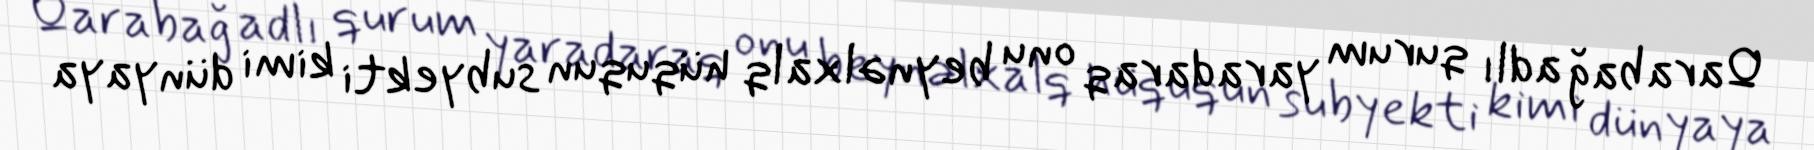
Qarabağ adlı qurum yaradaraq onu beynəlxalq hüququn subyekti kimi dünyaya